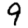
Digit: 9